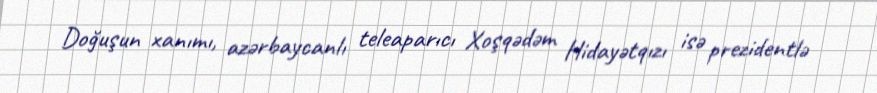
Doğuşun xanımı, azərbaycanlı teleaparıcı Xoşqədəm Hidayətqızı isə prezidentlə